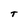
Character: T